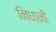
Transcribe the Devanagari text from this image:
निधानी